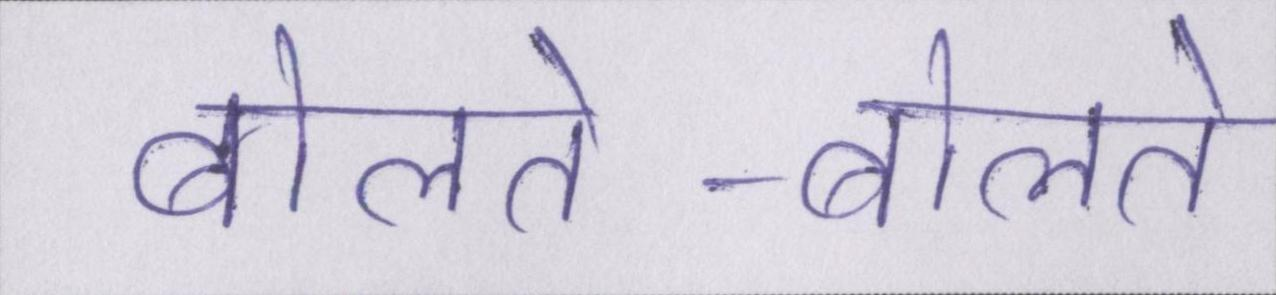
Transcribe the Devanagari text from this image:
बोलते-बोलते